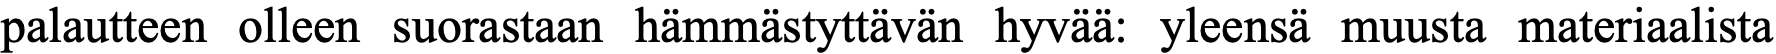
palautteen olleen suorastaan hämmästyttävän hyvää: yleensä muusta materiaalista